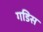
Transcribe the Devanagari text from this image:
गडिस